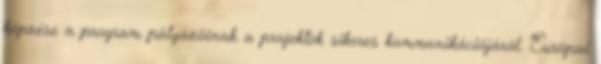
képzése a program pályázóinak a projektek sikeres kommunikációjáról. Európai